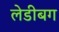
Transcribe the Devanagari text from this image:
लेडीबग